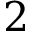
2